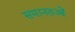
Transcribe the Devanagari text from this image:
समानतओं